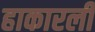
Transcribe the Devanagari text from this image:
हाकारली